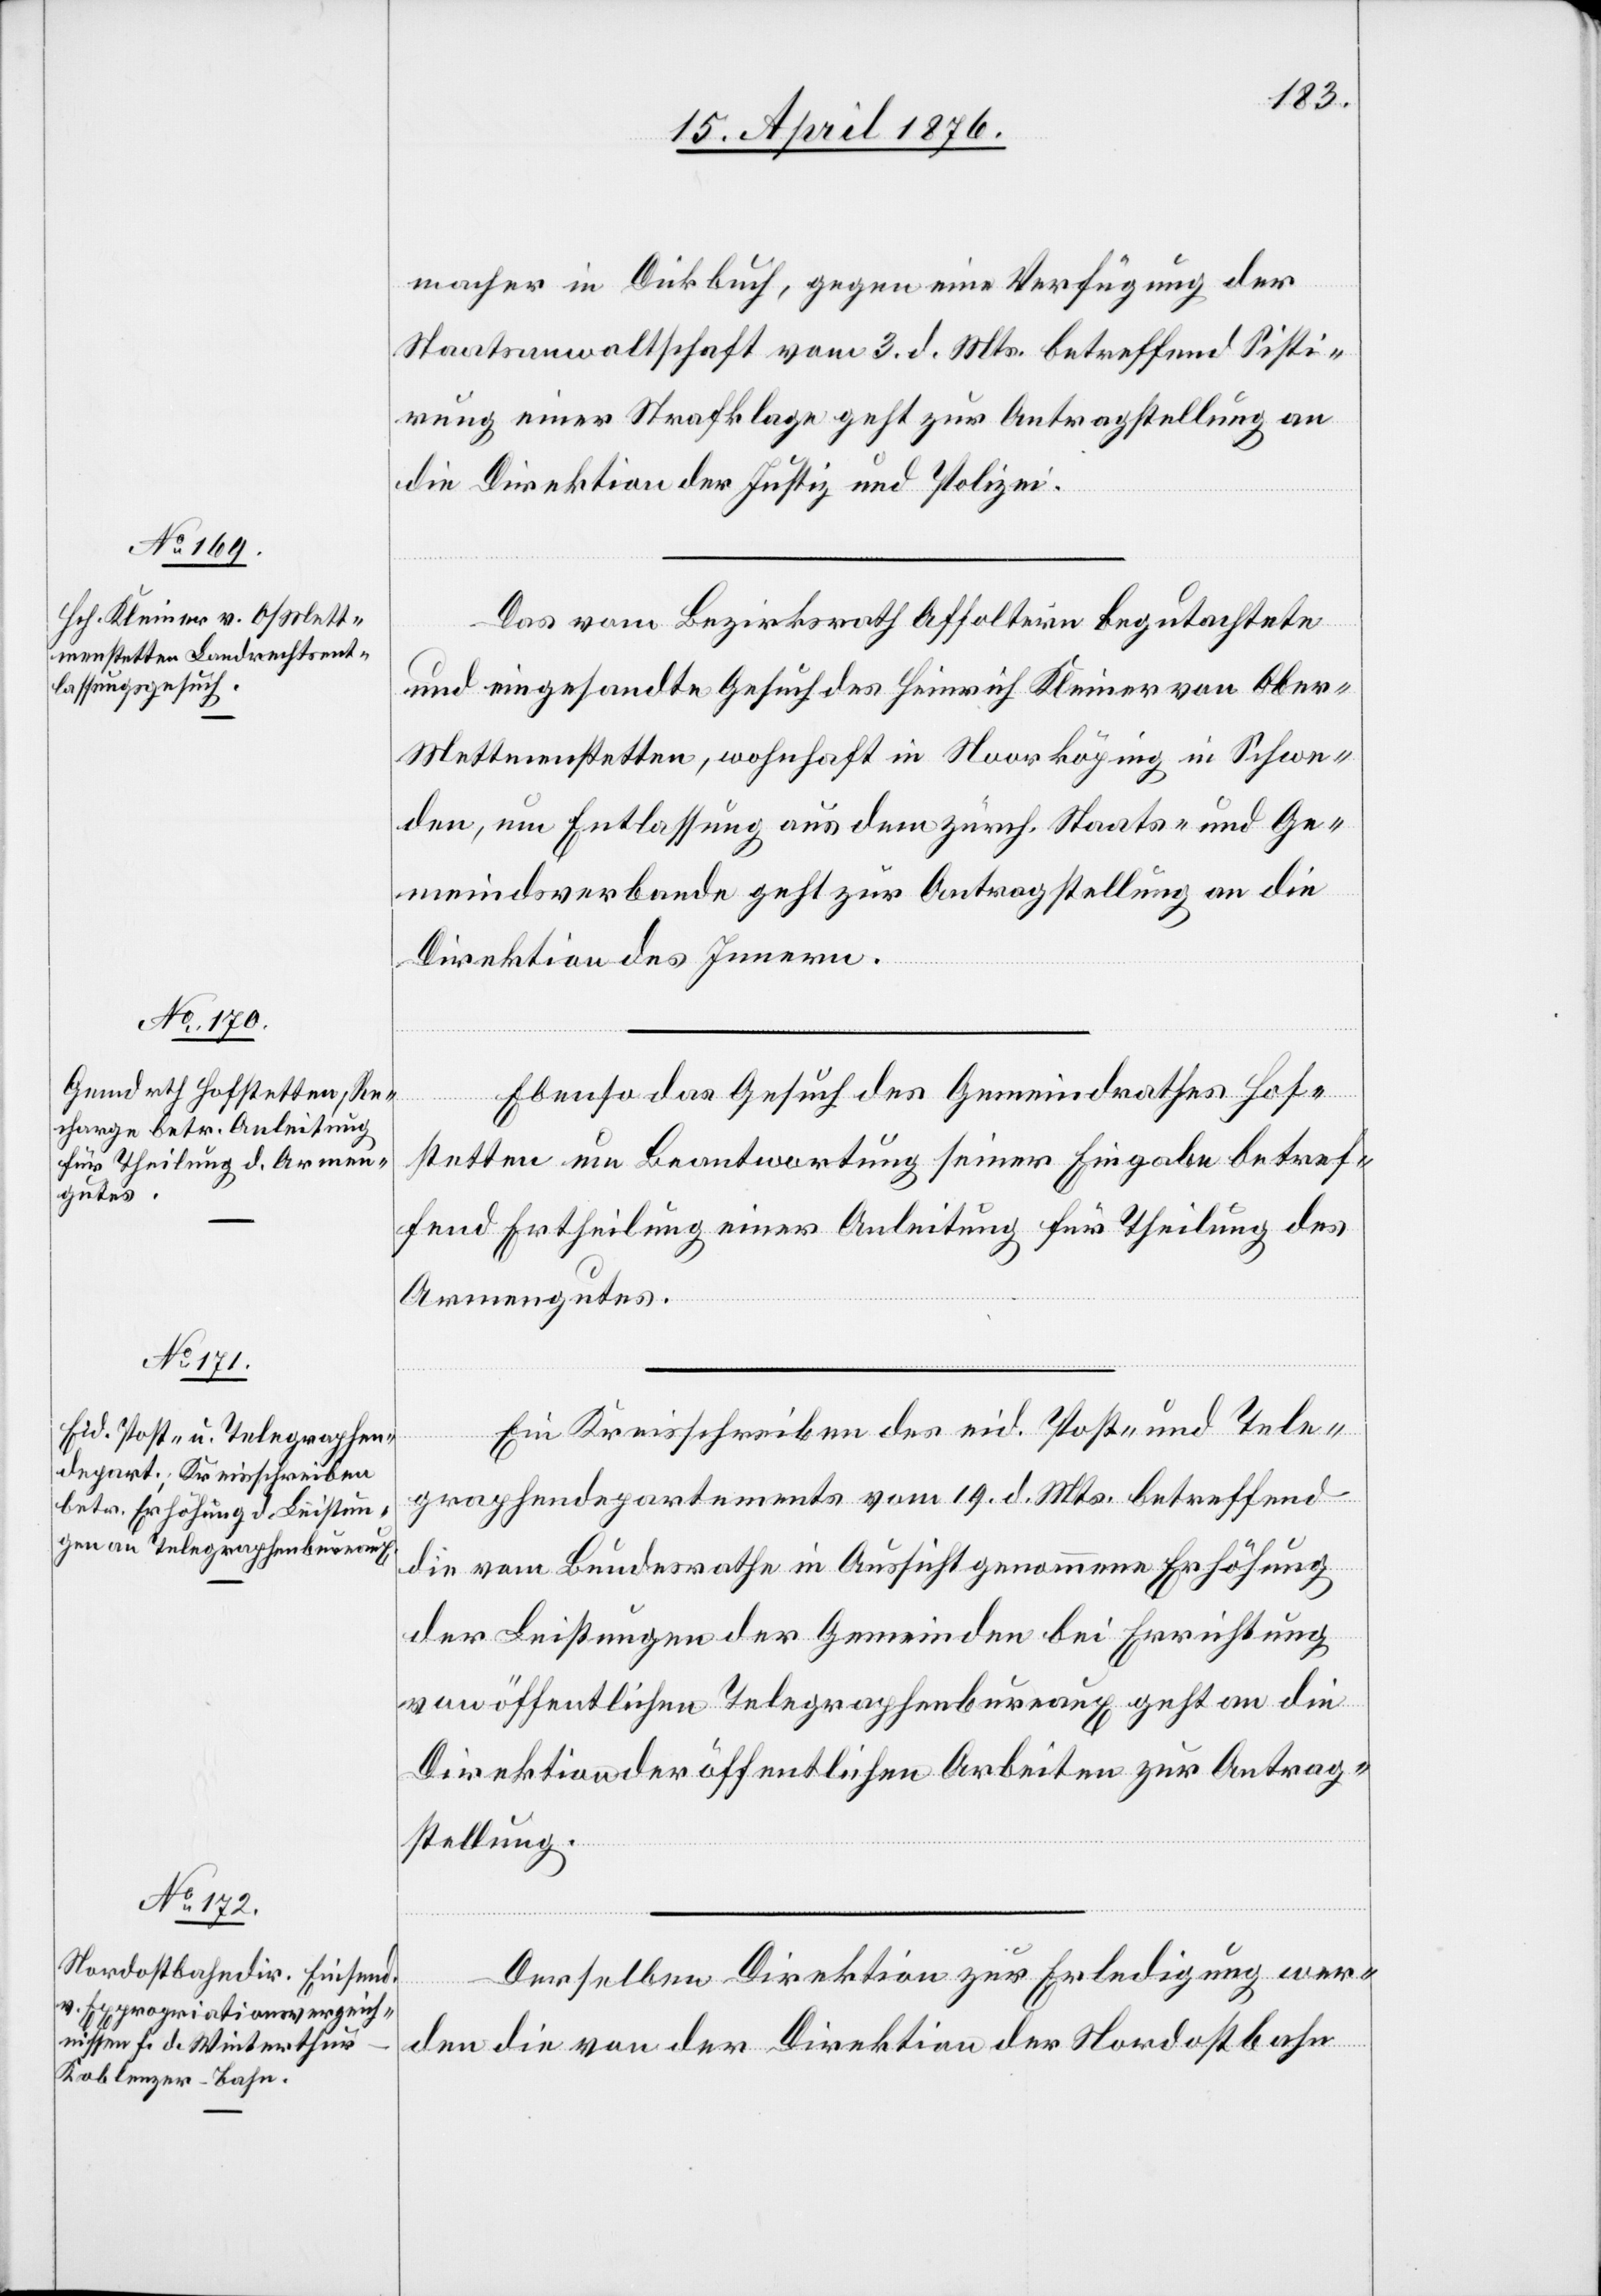
21. April 1876.]
macher in Dickbuch, gegen eine Verfügung der
Staatsanwaltschaft vom 3. d. Mts. betreffend Sisti¬
rung einer Strafklage geht zur Antragstellung an
die Direktion der Justiz und Polizei.
Das vom Bezirksrath Affoltern begutachtete
und eingesandte Gesuch des Heinrich Kleiner von Obe¬
r-Mettmenstetten, wohnhaft in Moorköping in Schwe¬
den, um Entlassung aus dem zürch. Staats- und Ge¬
meindsverbande geht zur Antragstellung an die
Direktion des Innern.
Ebenso das Gesuch des Gemeindrathes Hof¬
stetten um Beantwortung seiner Eingabe betref¬
fend Ertheilung einer Anleitung für Theilung des
Armengutes.
Ein Kreisschreiben des eid. Post- und Tele¬
graphendepartement vom 19. d. Mts. betreffend
die vom Bundesrathe in Aussicht genommene Erhöhung
der Leistungen der Gemeinden bei Errichtung
von öffentlichen Telegraphenbureaux geht an die
Direktion der öffentlichen Arbeiten zur Antrag¬
stellung.
Derselben Direktion zur Erledigung wer¬
den die von der Direktion der Nordostbahn